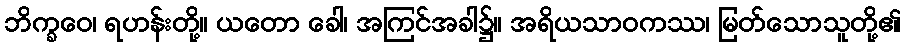
ဘိက္ခဝေ၊ ရဟန်းတို့။ ယတော ခေါ၊ အကြင်အခါ၌။ အရိယသာဝကဿ၊ မြတ်သောသူတို့၏